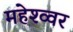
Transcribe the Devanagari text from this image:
महेश्व्वर